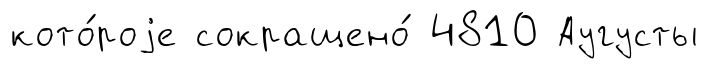
кото́роjе сокращено́ 4810 Аугусты